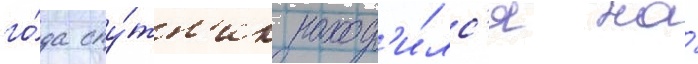
го́да спу́тн'ик наход'и́лс'я на́